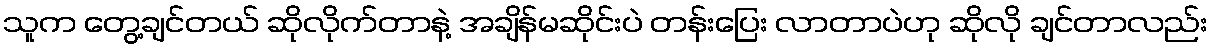
သူက တွေ့ချင်တယ် ဆိုလိုက်တာနဲ့ အချိန်မဆိုင်းပဲ တန်းပြေး လာတာပဲဟု ဆိုလို ချင်တာလည်း